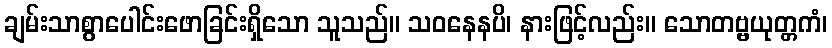
ချမ်းသာစွာပေါင်းဖောခြင်းရှိသော သူသည်။ သဝနေနပိ၊ နားဖြင့်လည်း။ သောတဗ္ဗယုတ္တကံ၊